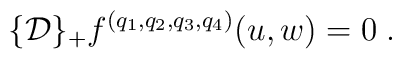
\{{\cal D}\}_+ f^{(q_1,q_2,q_3,q_4)} (u,w) = 0\;.